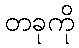
တခုကို